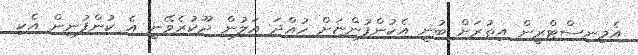
އެމިނިސްޓްރީން އިތުރަށް ބުނީ އެކުންފުންޏަށް ހުއްދަ އަލުން ދޫކުރެވޭނީ އެ ކުންފުނިން އެކި